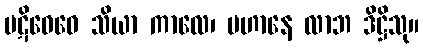
ပဋိဝေဓေ သိယာ ကာလေ၊ ပဟာနေ လာဘ ဒိဋ္ဌိသု။